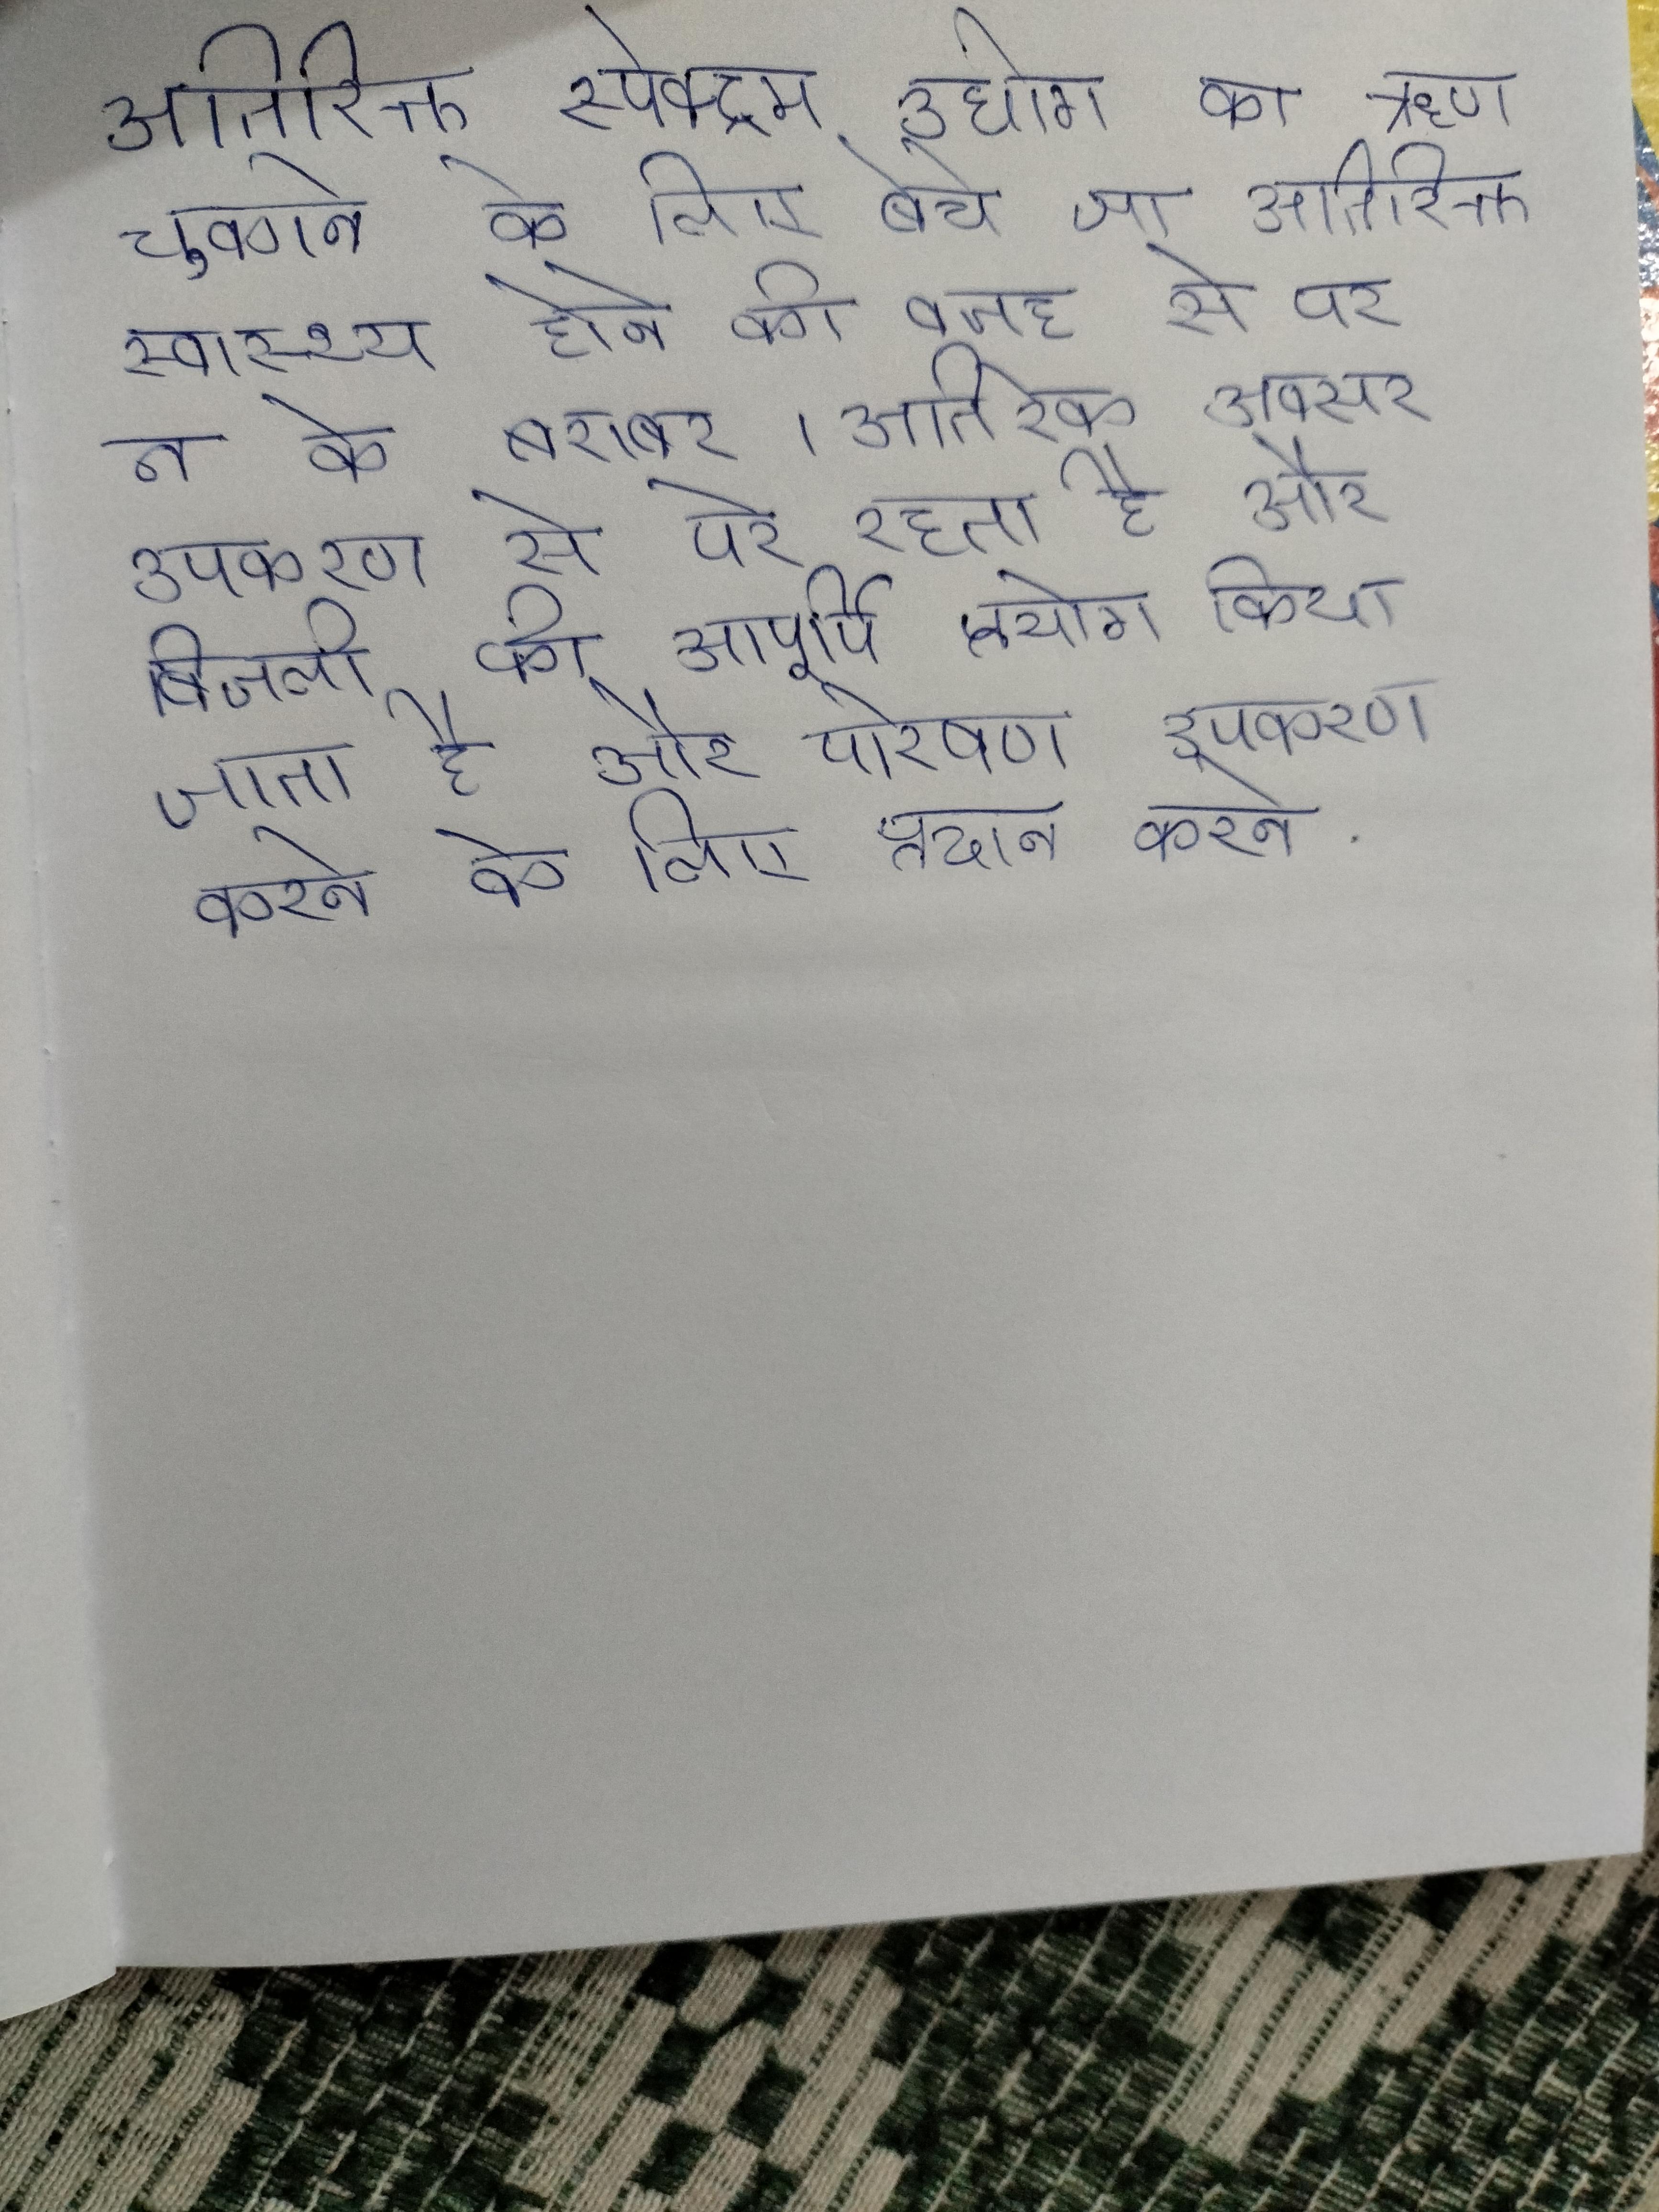
अतिरिक्त स्पेक्ट्रम उद्योग का ऋण चुकाने के लिए बेचे जा . अतिरिक्त स्वास्थ्य होने की वजह से पर न के बराबर । अतिरेक अक्सर उपकरण से परे रहता है और बिजली की आपूर्ति प्रयोग किया जाता है और पारेषण उपकरण करने के लिए प्रदान करने .